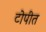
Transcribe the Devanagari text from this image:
टोपीत